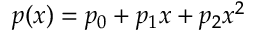
p ( x ) = p _ { 0 } + p _ { 1 } x + p _ { 2 } x ^ { 2 }